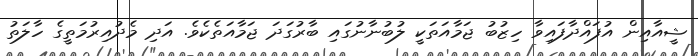
ޝީއާއިން އުފައްދާފައިވާ ހިޒުބު ޖަމާއަތަކީ ލުބުނާނުގައި ބާރުގަދަ ޖަމާއަތެކެވެ. އަދި މެދުއިރުމަތީގެ ހާލަތު